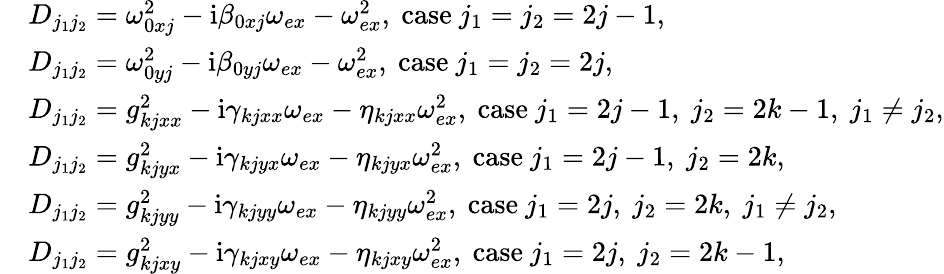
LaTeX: \begin{array}{rl}&{D_{j_{1}j_{2}}=\omega_{0xj}^{2}-\mathrm{i}\beta_{0xj}\omega_{ex}-\omega_{ex}^{2},~\mathrm{case}~j_{1}=j_{2}=2j-1,}\\ &{D_{j_{1}j_{2}}=\omega_{0yj}^{2}-\mathrm{i}\beta_{0yj}\omega_{ex}-\omega_{ex}^{2},~\mathrm{case}~j_{1}=j_{2}=2j,}\\ &{D_{j_{1}j_{2}}=g_{kjxx}^{2}-\mathrm{i}\gamma_{kjxx}\omega_{ex}-\eta_{kjxx}\omega_{ex}^{2},~\mathrm{case}~j_{1}=2j-1,~j_{2}=2k-1,~j_{1}\neq j_{2},}\\ &{D_{j_{1}j_{2}}=g_{kjyx}^{2}-\mathrm{i}\gamma_{kjyx}\omega_{ex}-\eta_{kjyx}\omega_{ex}^{2},~\mathrm{case}~j_{1}=2j-1,~j_{2}=2k,}\\ &{D_{j_{1}j_{2}}=g_{kjyy}^{2}-\mathrm{i}\gamma_{kjyy}\omega_{ex}-\eta_{kjyy}\omega_{ex}^{2},~\mathrm{case}~j_{1}=2j,~j_{2}=2k,~j_{1}\neq j_{2},}\\ &{D_{j_{1}j_{2}}=g_{kjxy}^{2}-\mathrm{i}\gamma_{kjxy}\omega_{ex}-\eta_{kjxy}\omega_{ex}^{2},~\mathrm{case}~j_{1}=2j,~j_{2}=2k-1,}\end{array}